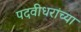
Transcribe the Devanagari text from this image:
पदवीधरांच्या